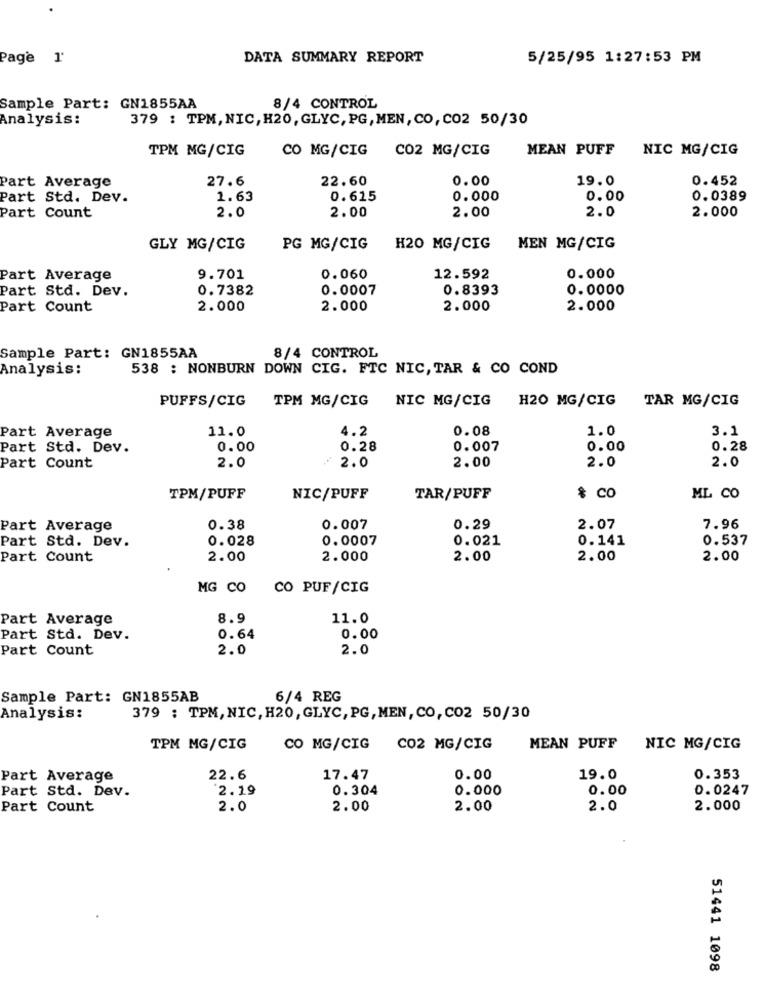
Page 1'
DATA SUMMARY REPORT
5/25/95 1:27:53 PM
Sample Part: GN1855AA
8/4 CONTROL
Analysis:
379 : TPM, NIC, H20, GLYC, PG, MEN, CO,CO2 50/30
TPM MG/CIG
CO MG/CIG C02 MG/CIG
MEAN PUFF
NIC MG/CIG
27.6
22.60
0.00
19.0
0.452
Part Average
Part Std. Dev.
1.63
0.615
0.000
0.00
0.0389
2.0
2.00
2.00
2.0
2.000
Part Count
GLY MG/CIG
PG MG/CIG
H20 MG/CIG
MEN MG/CIG
Part Average
9.701
0.060
12.592
0.000
Part Std. Dev.
0.7382
0.0007
0.8393
0.0000
Part Count
2.000
2.000
2.000
2.000
8/4 CONTROL
Sample Part: GN1855AA
Analysis:
538 : NONBURN DOWN CIG. FTC NIC, TAR & CO COND
PUFFS/CIG
TPM MG/CIG NIC MG/CIG H20 MG/CIG TAR MG/CIG
11.0
4.2
0.08
1.0
3.1
Part Average
Part Std. Dev.
0.00
0.28
0.007
0.00
0.28
2.0
2.00
2.0
Part Count
2.0
2.0
TPM/PUFF
NIC/PUFF
TAR/PUFF
$ CO
ML CO
Part Average
0.38
0.007
0.29
2.07
7.96
Part Std. Dev.
0.028
0.0007
0.021
0.141
0.537
Part Count
2.00
2.000
2.00
2.00
2.00
MG CO
CO PUF/CIG
Part Average
8.9
11.0
Part Std. Dev.
0.64
0.00
Part Count
2.0
2.0
Sample Part: GN1855AB
6/4 REG
Analysis:
379 : TPM, NIC, H20, GLYC, PG, MEN, CO, CO2 50/30
TPM MG/CIG
CO MG/CIG
CO2 MG/CIG
MEAN PUFF NIC MG/CIG
Part Average
22.6
17.47
0.00
19.0
0.353
Part Std. Dev.
2.19
0.304
0.000
0.00
0.0247
Part Count
2.0
2.00
2.00
2.0
2.000
51441 1098